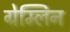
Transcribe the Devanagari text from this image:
ग्रेम्लिन